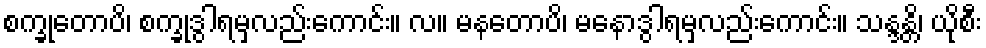
စက္ခုတောပိ၊ စက္ခုဒွါရမှလည်းကောင်း။ လ။ မနတောပိ၊ မနောဒွါရမှလည်းကောင်း။ သန္ဒန္တိ၊ ယိုစီး